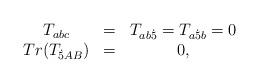
LaTeX: \begin{align*}\begin{array}{ccc}T_{abc} & = & T_{ab{\dot 5}} = T_{a{\dot 5}b} = 0 \\Tr ( T_{{\dot 5}AB} ) & = & 0,\end{array}\end{align*}